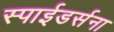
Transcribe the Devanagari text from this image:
स्पाईडर्सना